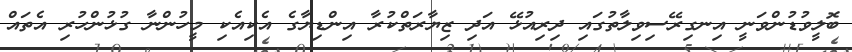
ބޮލީވުޑުންވަނީ އިނގިރޭސިވިލާތުގައި ދިރިއުޅޭ އަދި ޒިޔާރަތްކުރާ އިންޑިޔާގެ އެކިއެކި މީހުންނާ ގުޅުންހުރި އެތައް